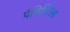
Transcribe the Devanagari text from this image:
पैचिप्टिला